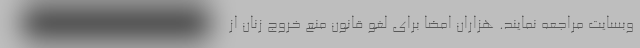
وبسایت مراجعه نمایند. هزاران امضا برای لغو قانون منع خروج زنان از